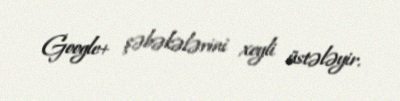
Google+ şəbəkələrini xeyli üstələyir.